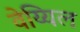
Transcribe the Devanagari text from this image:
वेय्यिल